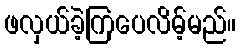
ဖလှယ်ခဲ့ကြပေလိမ့်မည်။